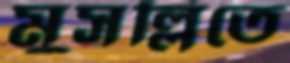
মুসল্লিতে